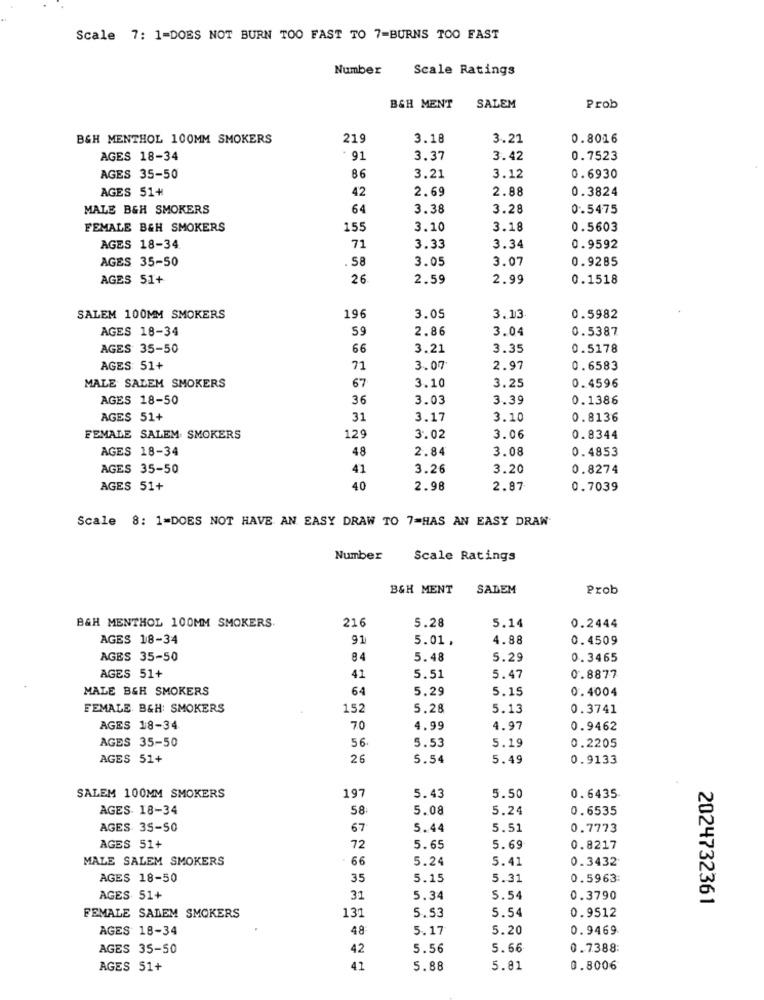
Scale 7: 1-DOES NOT BURN TOO FAST TO 7=BURNS TOO FAST
Number
Scale Ratings
B&H MENT
SALEM
Prob
B&H MENTHOL 100MM SMOKERS
219
3.18
3.21
0.8016
AGES 18-34
91
3.37
3.42
0.7523
AGES 35-50
86
3.21
3.12
0.6930
AGES 51+
42
2.69
2.88
0.3824
MALE B&H SMOKERS
64
3.38
3.28
0.5475
FEMALE B&H SMOKERS
15.
3.10
3.18
0.5603
AGES 18-34
71
3.33
3.34
0.9592
AGES 35-50
.58
3.05
3.07
0.9285
AGES 51+
26
2.59
2.99
0.1518
SALEM 100MM SMOKERS
196
3.05
3.13
0.5982
AGES 18-34
59
2.86
3.04
0.5387
AGES 35-50
66
3.21
3.35
0.5178
AGES: 51+
71
3.07
2.97
0.6583
MALE SALEM SMOKERS
3.10
0.4596
67
3.25
AGES 18-50
36
3.03
3.39
0.1386
AGES 51+
31
3.17
3.10
0.8136
FEMALE SALEM SMOKERS
129
3.02
3.06
0.8344
AGES 18-34
2.84
3.08
0. 4853
48
AGES 35-50
41
3.26
3.20
0.8274
AGES 51+
40
2.98
2.87
0.7039
Scale 8: 1=DOES NOT HAVE AN EASY DRAW TO 7=HAS AN EASY DRAW
Number
Scale Ratings
B&H MENT
SALEM
Prob
B&H MENTHOL 100MM SMOKERS.
216
5.28
5.14
0.2444
AGES 18-34
91
5.01 .
4.88
0.4509
AGES 35-50
84
5.48
5.29
0.3465
AGES 51+
41
5.51
5.47
0.8877
MALE B&H SMOKERS
64
5.29
5.15
0.4004
FEMALE B&H: SMOKERS
152
5.28
5.13
0.3741
AGES 18-34
70
4.99
4.97
0.9462
AGES 35-50
56
5.53
5.19
0.2205
AGES 51+
26
5.54
5.49
0.9133
19-
SALEM 100MM SMOKERS
5.43
5.50
0.6435
AGES. 18-34
58
5.08
5.24
0.6535
AGES 35-50
67
5.44
5.51
0.7773
AGES 51+
72
5.65
5.69
0.8217
MALE SALEM SMOKERS
66
5.24
5.41
0.3432
AGES 18-50
35
5.15
5.31
0.5963
AGES 51+
31
5.34
5.54
0.3790
2024732361
131
5.53
5.54
0.9512
FEMALE SALEM SMOKERS
AGES 18-34
48
5.17
5.20
0.9469
AGES 35-50
42
5.56
5.66
0.7388:
AGES 51+
41
5.88
5.81
0.8006